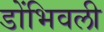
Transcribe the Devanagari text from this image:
डोंभिवली